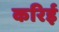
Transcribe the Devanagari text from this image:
करिई